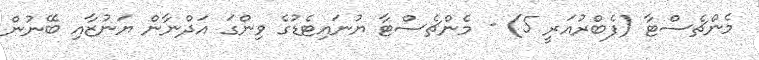
މެންޗެސްޓާ (ފެބްރުއަރީ 5) - މެންޗެސްޓާ ޔުނައިޓެޑުގެ ވިންގަ އަދްނާން ޔަނުޒާއި ބޭނުން